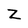
Character: Z